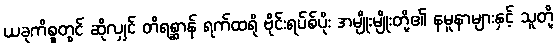
ယခုကိစ္စတွင် ဆိုလျှင် တိရစ္ဆာန် ရက်ထရို ဗိုင်းရပ်စ်ပိုး အမျိုးမျိုးတို့၏ နမူနာများနှင့် သူတို့